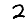
Digit: 2